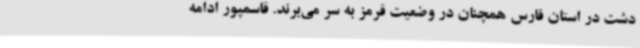
دشت در استان فارس همچنان در وضعیت قرمز به سر می‌برند. قاسمپور ادامه